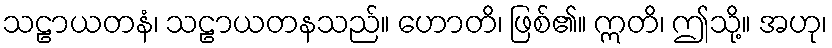
သဠာယတနံ၊ သဠာယတနသည်။ ဟောတိ၊ ဖြစ်၏။ ဣတိ၊ ဤသို့။ အဟု၊